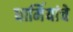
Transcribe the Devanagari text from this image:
धार्मियांचे